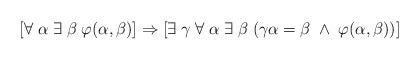
LaTeX: \begin{align*}[\forall \; \alpha \; \exists \; \beta \; \varphi(\alpha, \beta)] \Rightarrow [\exists \; \gamma \; \forall \; \alpha \; \exists \; \beta \; (\gamma\alpha =\beta \; \wedge \; \varphi(\alpha, \beta))]\end{align*}